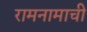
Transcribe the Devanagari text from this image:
रामनामाची